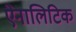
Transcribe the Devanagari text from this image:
ऐनालिटिक